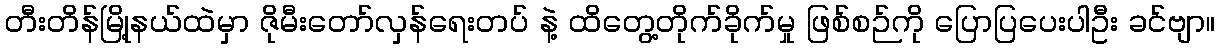
တီးတိန်မြို့နယ်ထဲမှာ ဇိုမီးတော်လှန်ရေးတပ် နဲ့ ထိတွေ့တိုက်ခိုက်မှု ဖြစ်စဉ်ကို ပြောပြပေးပါဦး ခင်ဗျာ။